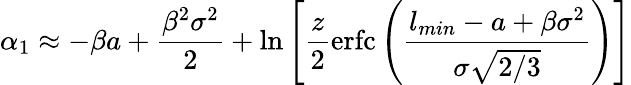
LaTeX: \alpha_{1}\approx-\beta a+\frac{\beta^{2}\sigma^{2}}{2}+\ln\left[\frac{z}{2}\mathrm{erfc}\left(\frac{l_{min}-a+\beta\sigma^{2}}{\sigma\sqrt{2/3}}\right)\right]